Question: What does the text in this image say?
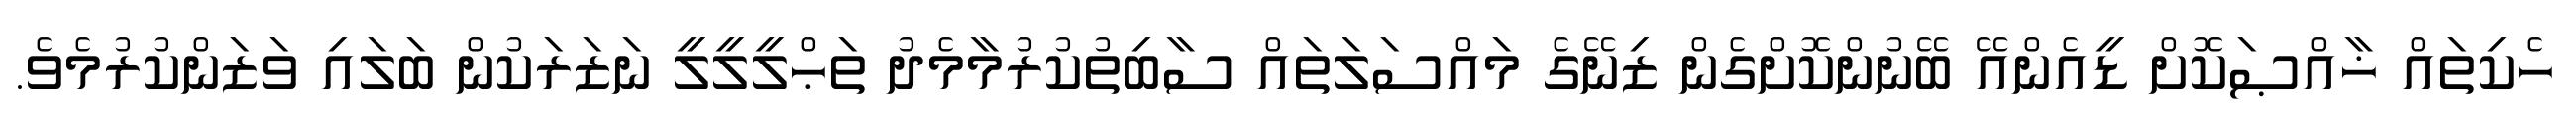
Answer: ހެކިތައް ޚާއްޞަކޮށް ޑީއެންއޭ ބޭނުންކޮށްގެން ޒިނޭގެ މައްސަލަތައް ސާބިތުކުރުމާމެދު ތަޙްލީލީލީ ނަޒަރަކުން ބަލައި ވަޒަންކުރުމެވެ.